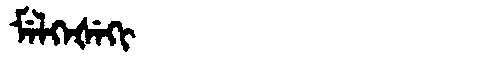
Manchu: ᠮᡝᠯᡴᡝᡧᡝᡴᡳ
Romanization: MELKEŠEKI